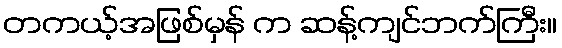
တကယ့်အဖြစ်မှန် က ဆန့်ကျင်ဘက်ကြီး။